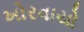
ખોરવાયો